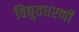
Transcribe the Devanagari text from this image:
विद्युतधरणी